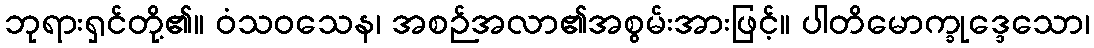
ဘုရားရှင်တို့၏။ ဝံသဝသေန၊ အစဉ်အလာ၏အစွမ်းအားဖြင့်။ ပါတိမောက္ခုဒ္ဒေသော၊